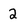
Character: 2